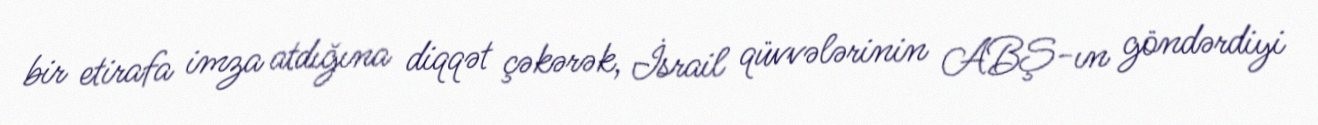
bir etirafa imza atdığına diqqət çəkərək, İsrail qüvvələrinin ABŞ-ın göndərdiyi